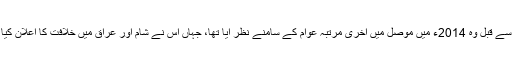
اس سے قبل وہ 2014ء میں موصل میں آخری مرتبہ عوام کے سامنے نظر آیا تھا، جہاں اس نے شام اور عراق میں خلافت کا اعلان کیا تھا۔